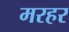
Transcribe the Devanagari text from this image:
मरहर